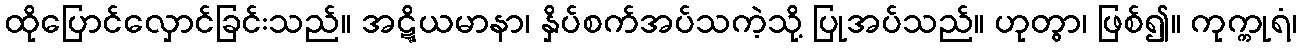
ထိုပြောင်လှောင်ခြင်းသည်။ အဋ္ဋိယမာနာ၊ နှိပ်စက်အပ်သကဲ့သို့ ပြုအပ်သည်။ ဟုတွာ၊ ဖြစ်၍။ ကုက္ကုရံ၊